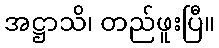
အဋ္ဌာသိ၊ တည်ဖူးပြီ။